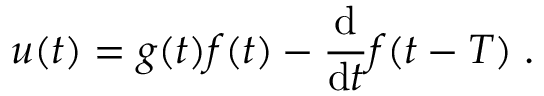
u ( t ) = g ( t ) f ( t ) - \frac { \mathrm { d } } { \mathrm { d } t } f ( t - T ) \; .